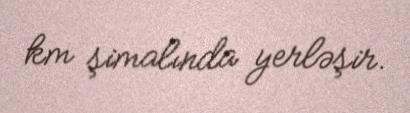
km şimalında yerləşir.